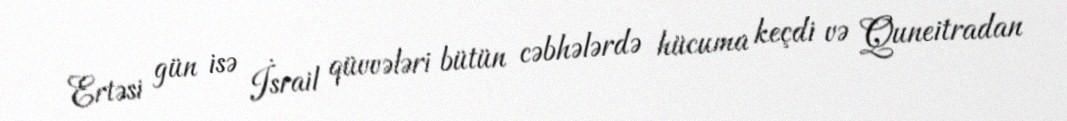
Ertəsi gün isə İsrail qüvvələri bütün cəbhələrdə hücuma keçdi və Quneitradan